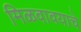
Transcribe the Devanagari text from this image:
मिळवावयाचे